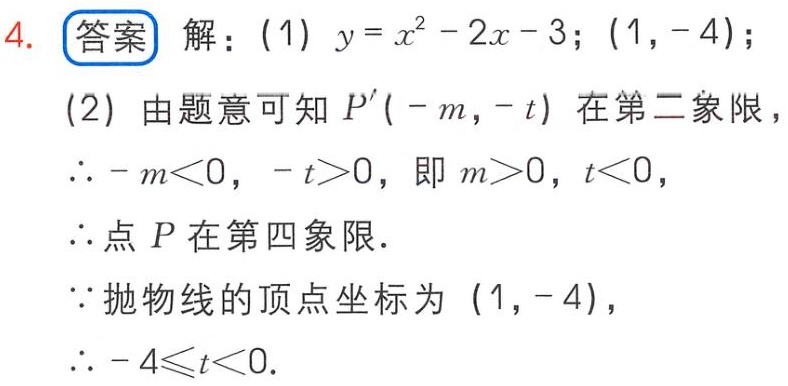
4. 答案 解：(1) \(y = x^{2}-2x - 3\); \((1,-4)\);
(2) 由题意可知 \(P'(-m,-t)\) 在第二象限，
\(\therefore -m<0\)，\(-t > 0\)，即 \(m>0\)，\(t<0\)，
\(\therefore\)点 \(P\) 在第四象限.
\(\because\)抛物线的顶点坐标为 \((1,-4)\)，
\(\therefore -4\leqslant t<0\).